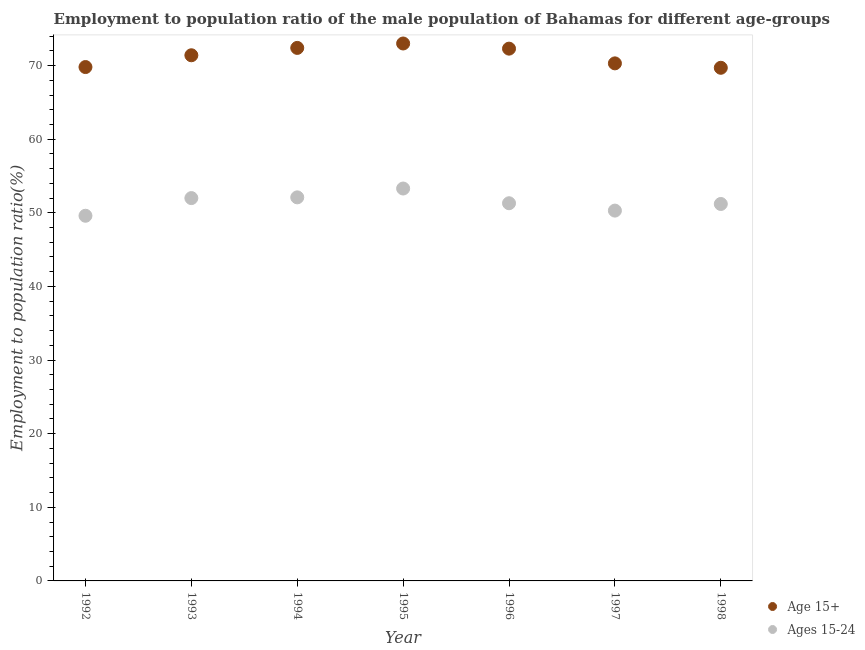
| Year | Age 15+ | Ages 15-24 |
 | --- | --- | --- |
 | 1992 | 69.8 | 49.6 |
 | 1993 | 71.4 | 52 |
 | 1994 | 72.4 | 52.1 |
 | 1995 | 73 | 53.3 |
 | 1996 | 72.3 | 51.3 |
 | 1997 | 70.3 | 50.3 |
 | 1998 | 69.7 | 51.2 |